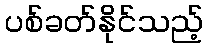
ပစ်ခတ်နိုင်သည့်